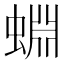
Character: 蜵